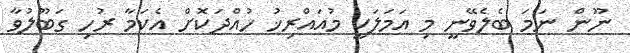
ނޫން ނަމަ ބެލެވޭނީ މި އަމަލަކީ މުއައްރިޚު ހުއްދަކޮށް އެކަމާ ރުހި ގަބޫލުވާ